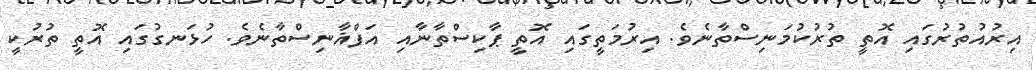
އިރުއުތުރުގައި އޮތީ ތުރުކުމަނިސްތާނެވެ. އިރުމަތީގައި އޮތީ ޕާކިސްތާނާއި އަފްޣާނިސްތާނެވެ. ހުޅަނގުގައި އޮތީ ތުރުކީ